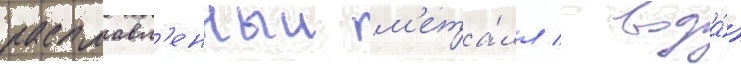
расплавл'енныи м'ета́лл / вода́)